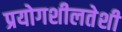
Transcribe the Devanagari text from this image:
प्रयोगशीलतेशी